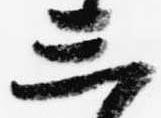
三